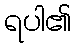
ရပါ၏